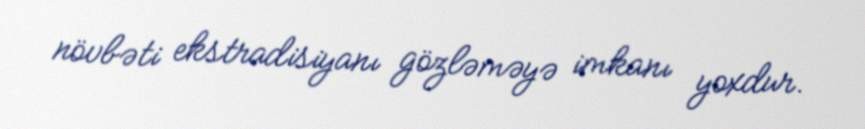
növbəti ekstradisiyanı gözləməyə imkanı yoxdur.